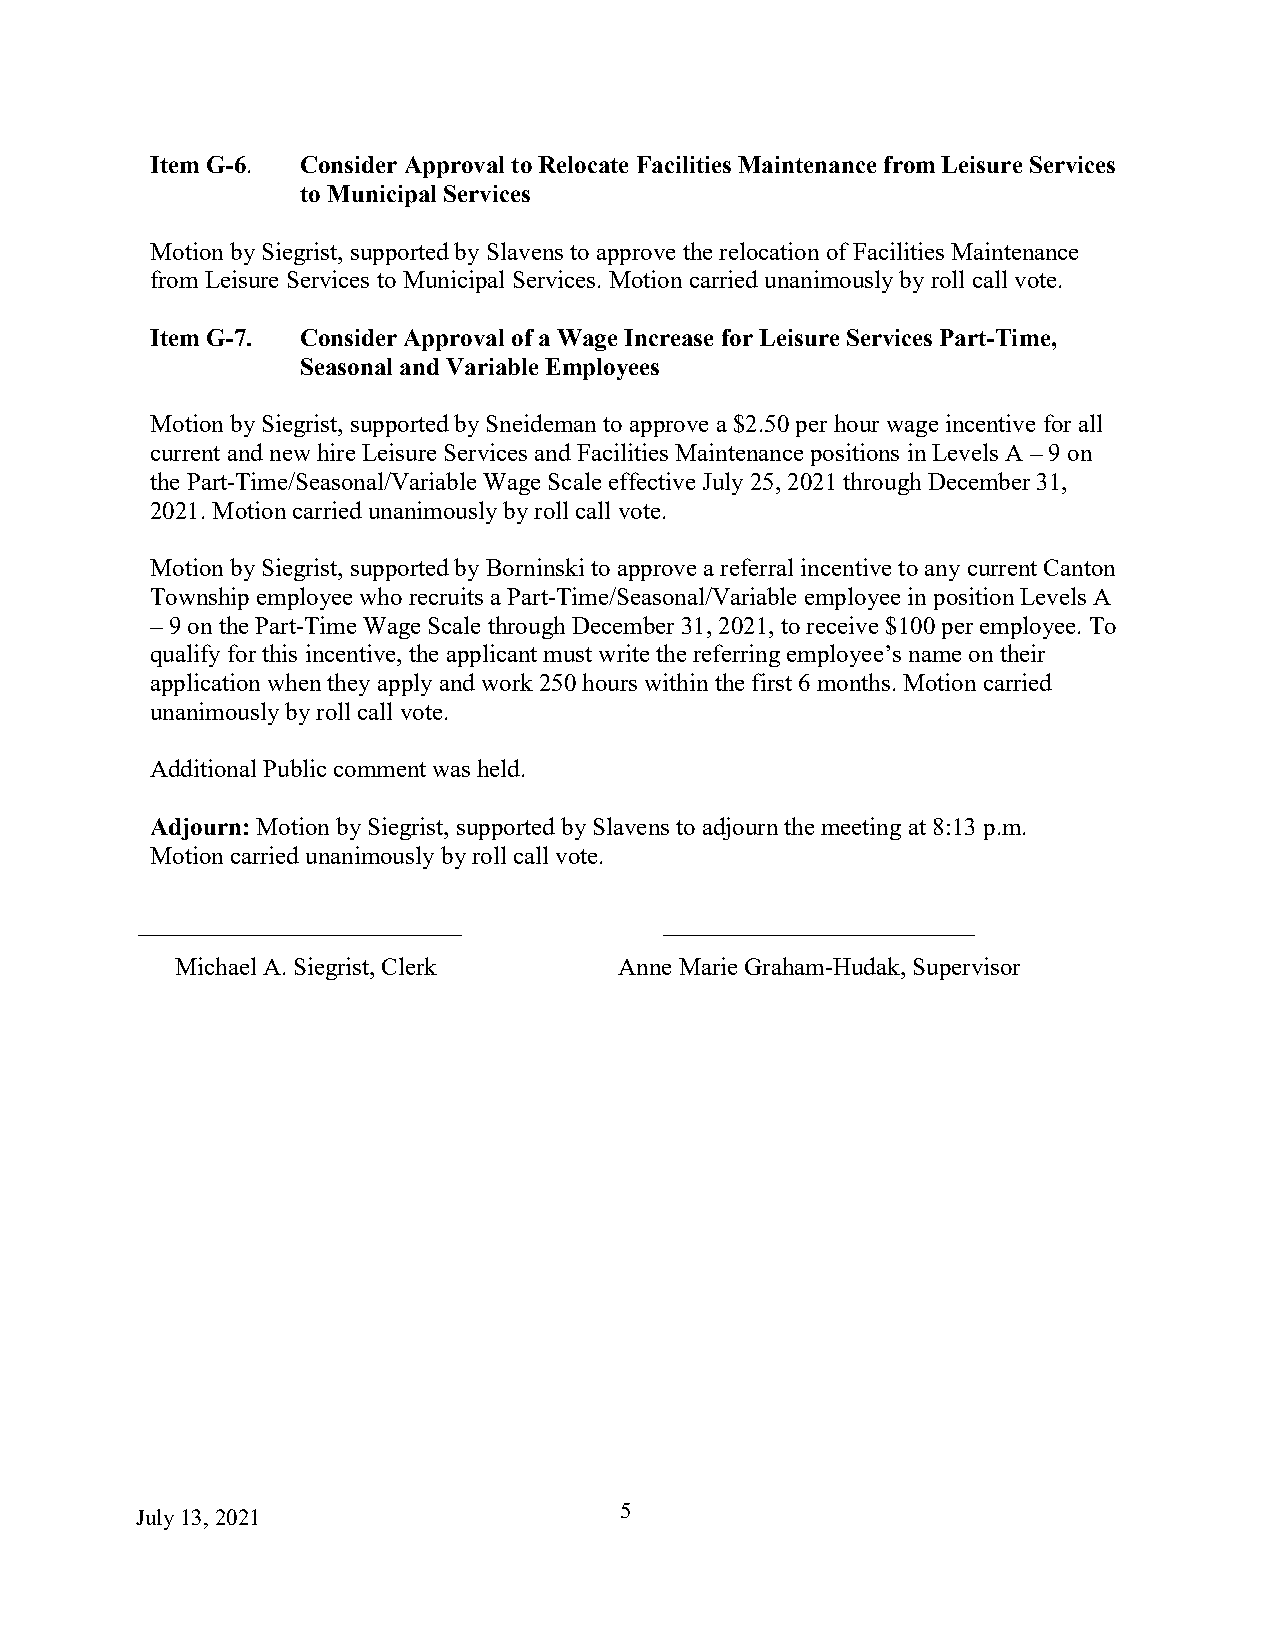
Item G-6. Consider Approval to Relocate Facilities Maintenance from Leisure Services
 to Municipal Services
 Motion by Siegrist, supported by Slavens to approve the relocation of Facilities Maintenance
 from Leisure Services to Municipal Services. Motion carried unanimously by roll call vote.
 Item G-7. Consider Approval of a Wage Increase for Leisure Services Part-Time,
 Seasonal and Variable Employees
 Motion by Siegrist, supported by Sneideman to approve a $2.50 per hour wage incentive for all
 current and new hire Leisure Services and Facilities Maintenance positions in Levels A – 9 on
 the Part-Time/Seasonal/Variable Wage Scale effective July 25, 2021 through December 31,
 2021. Motion carried unanimously by roll call vote.
 Motion by Siegrist, supported by Borninski to approve a referral incentive to any current Canton
 Township employee who recruits a Part-Time/Seasonal/Variable employee in position Levels A
 – 9 on the Part-Time Wage Scale through December 31, 2021, to receive $100 per employee. To
 qualify for this incentive, the applicant must write the referring employee’s name on their
 application when they apply and work 250 hours within the first 6 months. Motion carried
 unanimously by roll call vote.
 Additional Public comment was held.
 Adjourn: Motion by Siegrist, supported by Slavens to adjourn the meeting at 8:13 p.m.
 Motion carried unanimously by roll call vote.
 Michael A. Siegrist, Clerk   Anne Marie Graham-Hudak, Supervisor
 Ju ly 13, 2021
 5